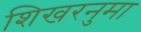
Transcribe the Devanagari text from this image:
शिखरनुमा